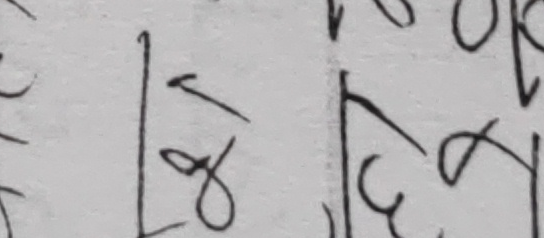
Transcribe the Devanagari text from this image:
लाई